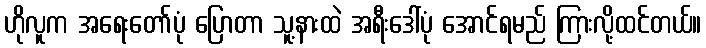
ဟိုလူက အရေးတော်ပုံ ပြောတာ သူ့နားထဲ အရီးဒေါ်ပုံ အောင်ရမည် ကြားလို့ထင်တယ်။